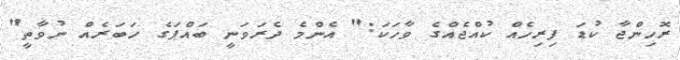
ރޮހިންޖާ ކުޑަ ފިރިހެއް ކުއްޖެއްގެ ވާހަަކަ:" އެންމެ ދެރަވަނީ ބައްޕަގެ ހަބަރެއް ނުވާތީ"